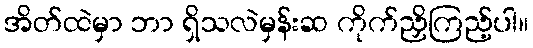
အိတ်ထဲမှာ ဘာ ရှိသလဲမှန်းဆ ကိုက်ညှိကြည့်ပါ။